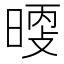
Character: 𰖖